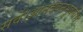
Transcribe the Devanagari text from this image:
सर्वे।आनंदवनभुवनी।।